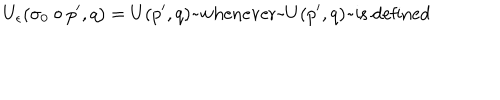
U _ { \epsilon } ( \sigma _ { 0 } \circ p ^ { \prime } , q ) = U ( p ^ { \prime } , q ) \mathrm { ~ w h e n e v e r ~ } U ( p ^ { \prime } , q ) \mathrm { ~ i s ~ d e f i n e d }